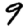
Digit: 9